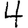
Digit: 4